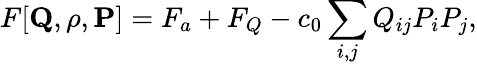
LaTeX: F[{\mathbf Q},\rho,{\mathbf P}]=F_{a}+F_{Q}-c_{0}\sum_{i,j}{Q_{ij}}P_{i}P_{j},